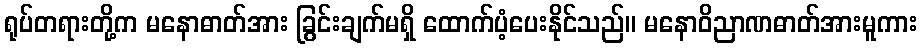
ရုပ်တရားတို့က မနောဓာတ်အား ခြွင်းချက်မရှိ ထောက်ပံ့ပေးနိုင်သည်။ မနောဝိညာဏဓာတ်အားမူကား